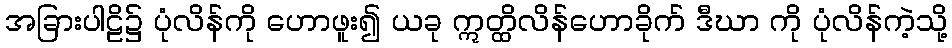
အခြားပါဠိ၌ ပုံလိန်ကို ဟောဖူး၍ ယခု ဣတ္ထိလိန်ဟောခိုက် ဒီဃာ ကို ပုံလိန်ကဲ့သို့